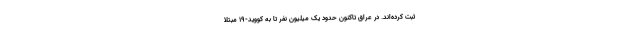
ثبت کرده‌اند. در عراق تاکنون حدود یک میلیون نفر تا به کووید-۱۹ مبتلا